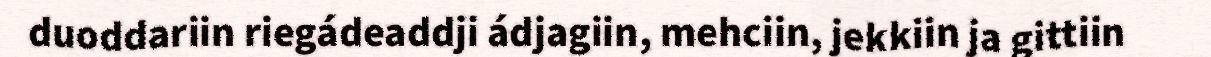
duoddariin riegádeaddji ádjagiin, mehciin, jekkiin ja gittiin